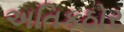
અતિકઠોર